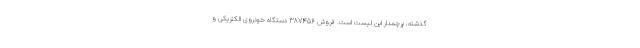
گذشته، پرچمدار این لیست است. فروش 387456 دستگاه خودروی الکتریکی و